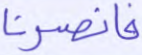
فانصرنا